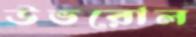
উভরোল